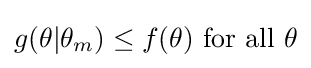
g(\theta |\theta _{m})\leq f(\theta ){\text{ for all }}\theta